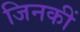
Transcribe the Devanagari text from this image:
जिनकीं